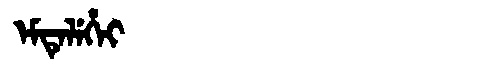
Manchu: ᡝᠮᡨᡝᠯᡝᡥᡝᡳ
Romanization: EMTELEHEI